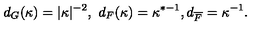
d _ { G } ( \kappa ) = \vert \kappa \vert ^ { - 2 } , \ d _ { F } ( \kappa ) = \kappa ^ { * - 1 } , d _ { \overline { F } } = \kappa ^ { - 1 } .